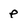
Character: p